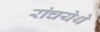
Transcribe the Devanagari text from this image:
रांचयेथे